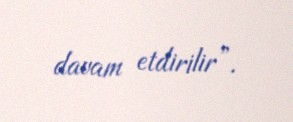
davam etdirilir”.